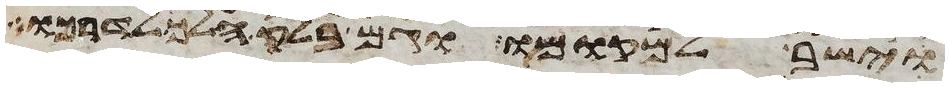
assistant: וישב למקומו וגם בלק הלך לדרכו